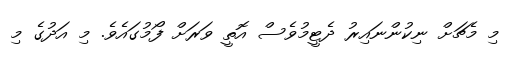
މި މެޗަށް ނިކުންނައިރު ދެޓީމުވެސް އޮތީ ވަރަށް ފޯމުގައެވެ. މި އަދުގެ މި